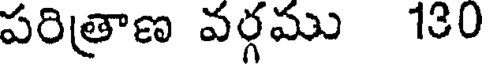
పరిత్రాణ వర్గము 130